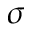
\sigma